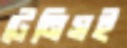
টেনিসই